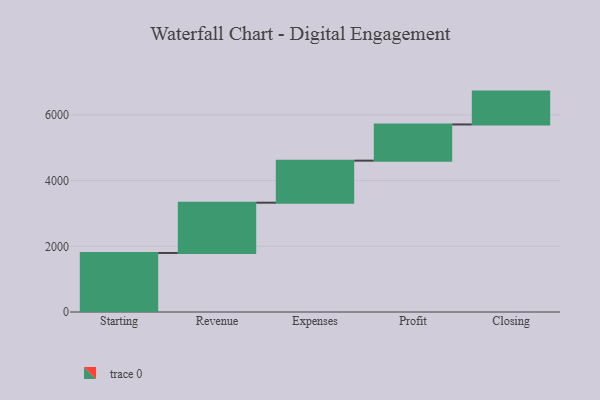
{"axis": {"x": "Step", "y": "Value"}, "legend": [""], "data": [{"x": "Starting", "y": 1797.0, "type": ""}, {"x": "Revenue", "y": 1530.0, "type": ""}, {"x": "Expenses", "y": 1280.0, "type": ""}, {"x": "Profit", "y": 1102.0, "type": ""}, {"x": "Closing", "y": 1000, "type": ""}]}